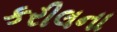
કરીલના